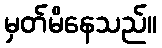
မှတ်မိနေသည်။